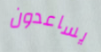
يساعدون